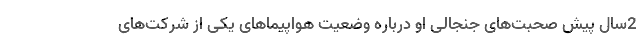
2سال پیش صحبت‌های جنجالی او درباره وضعیت هواپیماهای یکی از شرکت‌های